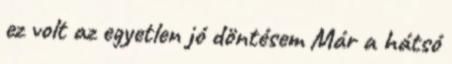
ez volt az egyetlen jó döntésem Már a hátsó